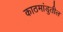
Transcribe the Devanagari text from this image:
काठमांडुतील